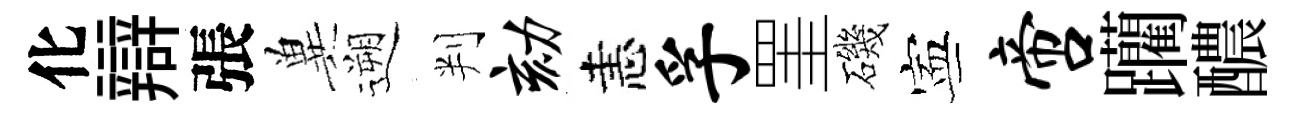
化辯張兾遡判劾恚孚罣磯寕啻躪醲